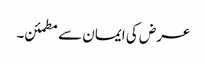
عرض کی ایمان سے مطمئن۔